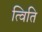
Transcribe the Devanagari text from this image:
त्विति